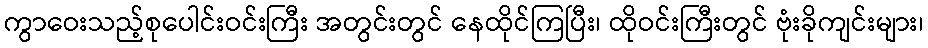
ကွာဝေးသည့်စုပေါင်းဝင်းကြီး အတွင်းတွင် နေထိုင်ကြပြီး၊ ထိုဝင်းကြီးတွင် ဗုံးခိုကျင်းများ၊